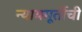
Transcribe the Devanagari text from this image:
न्यायमूर्तीची